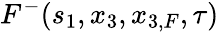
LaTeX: F^{-}(s_{1},x_{3},x_{3,F},\tau)